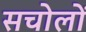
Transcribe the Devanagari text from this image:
सचोलों